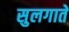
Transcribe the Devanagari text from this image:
सुलगाते